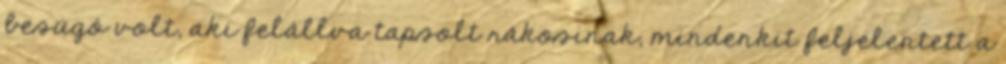
besúgó volt, aki felállva tapsolt rákosinak, mindenkit feljelentett a